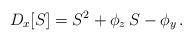
LaTeX: \begin{align*}D_x[S]=S^2+\phi_{z}\,S-\phi_y\,.\end{align*}